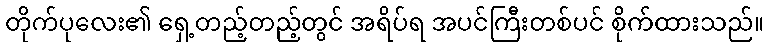
တိုက်ပုလေး၏ ရှေ့တည့်တည့်တွင် အရိပ်ရ အပင်ကြီးတစ်ပင် စိုက်ထားသည်။